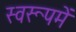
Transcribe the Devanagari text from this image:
स्वरूपमें